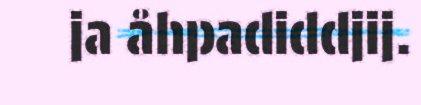
ja åhpadiddjij.